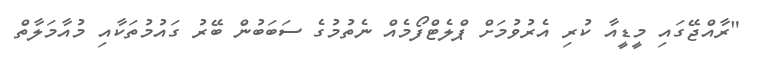
"ރާއްޖޭގައި މީޑީއާ ކުރި އެރުވުމަށް ޕްލެޓްފޯމެއް ނެތުމުގެ ސަބަބުން ބޭރު ގައުމުތަކާއި މުއާމަލާތް